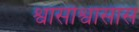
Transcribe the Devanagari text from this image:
श्वासोश्वासास